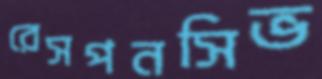
রেসপনসিভ